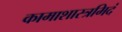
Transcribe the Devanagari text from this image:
कामाशास्त्रमिदं